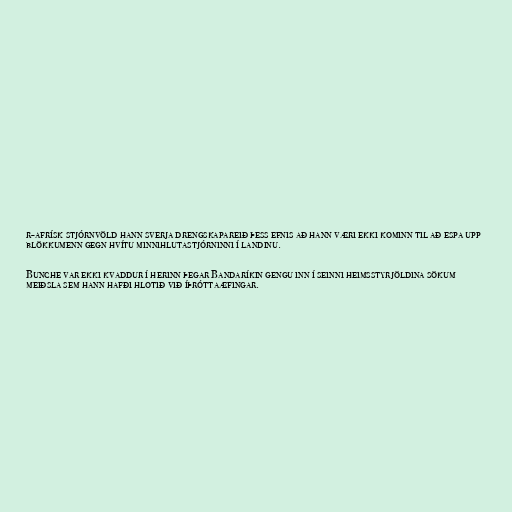
r-afrísk stjórnvöld hann sverja drengskapareið þess efnis að hann væri ekki kominn til að espa upp
blökkumenn gegn hvítu minnihlutastjórninni í landinu.

Bunche var ekki kvaddur í herinn þegar Bandaríkin gengu inn í seinni heimsstyrjöldina sökum
meiðsla sem hann hafði hlotið við íþróttaæfingar.